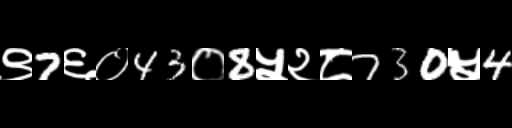
Text: ९7६०43०8५२८730५4